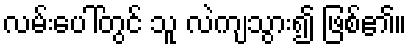
လမ်းပေါ်တွင် သူ လဲကျသွား၍ ဖြစ်၏။